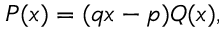
P ( x ) = ( q x - p ) Q ( x ) ,